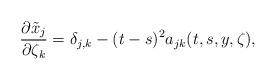
LaTeX: \begin{align*}\frac{\partial \tilde{x}_j}{\partial \zeta_k}=\delta_{j,k}-(t-s)^2a_{jk}(t,s,y,\zeta),\end{align*}